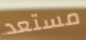
مستعد